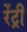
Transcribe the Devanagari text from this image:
रेंट्री